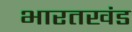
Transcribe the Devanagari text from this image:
भारतखंड